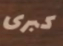
كبرى